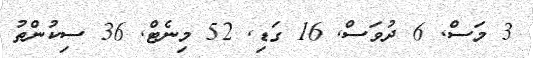
3 މަސް